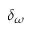
\delta _ { \omega }